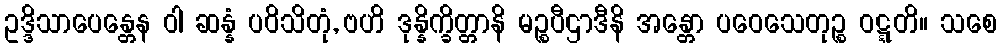
ဥဒ္ဒိသာပေန္တေန ဝါ ဆန္နံ ပဝိသိတုံ, ဗဟိ ဒုန္နိက္ခိတ္တာနိ မဉ္စပီဌာဒီနိ အန္တော ပဝေသေတုဉ္စ ဝဋ္ဋတိ။ သစေ